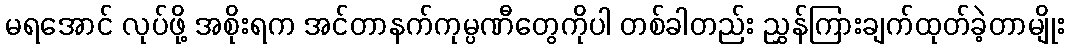
မရအောင် လုပ်ဖို့ အစိုးရက အင်တာနက်ကုမ္ပဏီတွေကိုပါ တစ်ခါတည်း ညွှန်ကြားချက်ထုတ်ခဲ့တာမျိုး